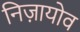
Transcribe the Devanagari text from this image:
निज़ायोव